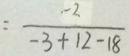
= \frac { - 2 } { - 3 + 1 2 - 1 8 }